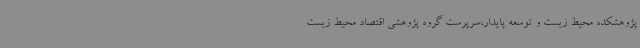
پژوهشکده محیط زیست و توسعه پایدار،سرپرست گروه پژوهشی اقتصاد محیط زیست